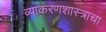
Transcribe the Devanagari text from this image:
व्याकरणशास्त्राचा